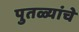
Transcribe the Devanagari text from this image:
पुतळ्यांचे